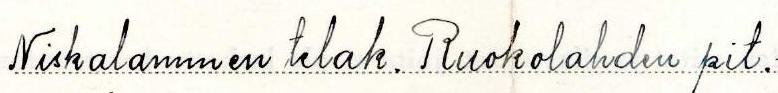
Niskalammen telak. Ruokolahden pit.